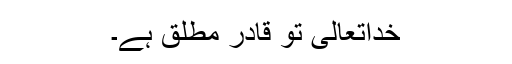
خداتعالیٰ تو قادر مطلق ہے۔